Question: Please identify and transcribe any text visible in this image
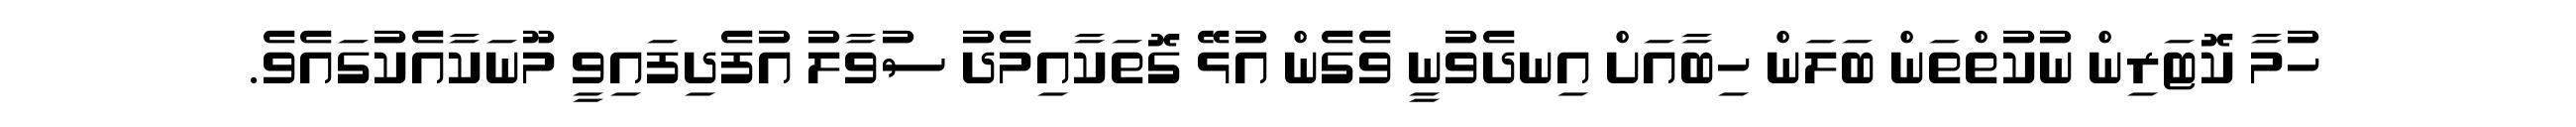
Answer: ހުމާ ކޮޓަރިން ނުކުތްތަން ބަލަން ހިބާއަށް އިނދެވުނީ ވެގެން އުޅޭ ގޮތަކާއިމެދު ސުވާލު އުފެދިފައިވީ މޫނަކާއެކުގައެވެ.